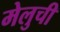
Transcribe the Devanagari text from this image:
मेलुची